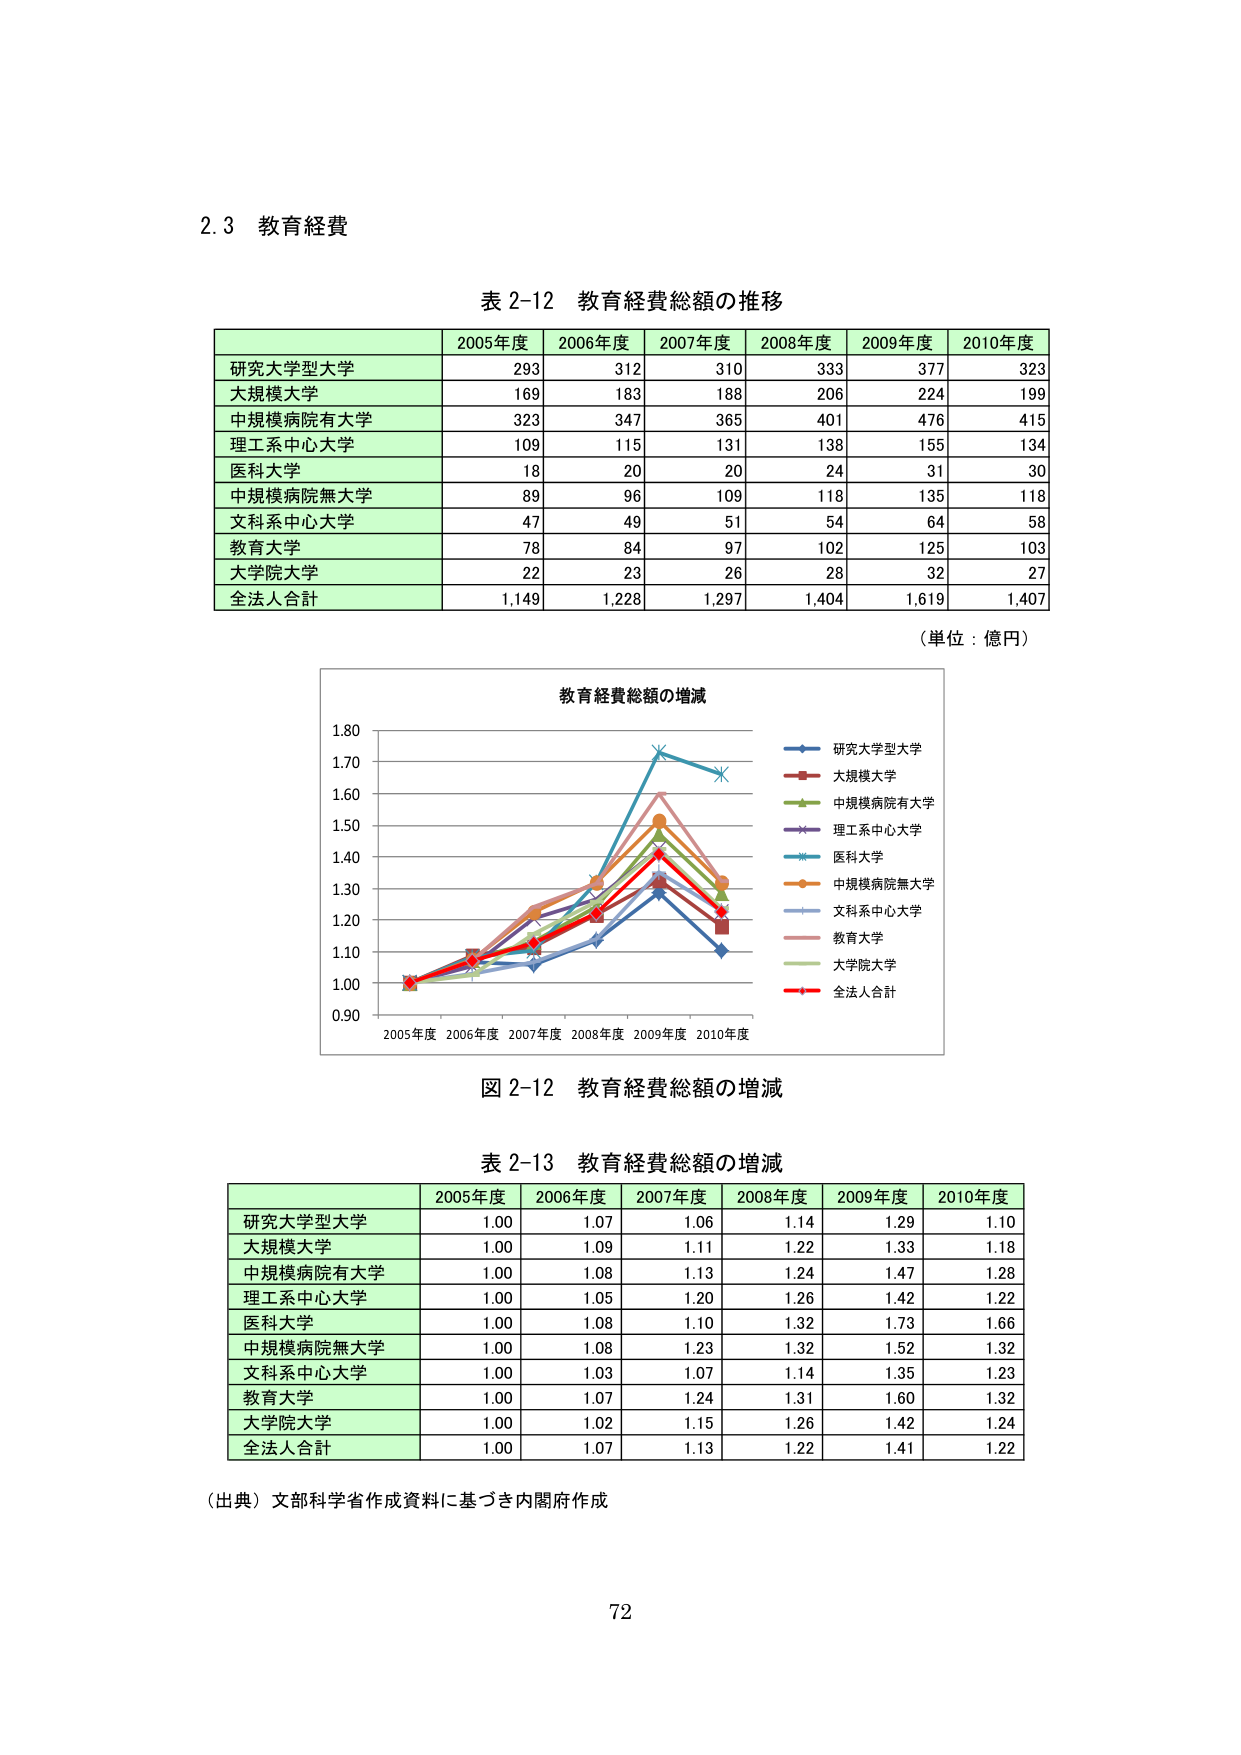
2.3 教育経費

表 2-12 教育経費総額の推移

2005年度 2006年度 2007年度 2008年度 2009年度 2010年度
研究大学型大学 293 312 310 333 377 323
大規模大学 169 183 188 206 224 199
中規模病院有大学 323 347 365 401 476 415
理工系中心大学 109 115 131 138 155 134
医科大学 18 20 20 24 31 30
中規模病院無大学 89 96 109 118 135 118
文科系中心大学 47 49 51 54 64 58
教育大学 78 84 97 102 125 103
大学院大学 22 23 26 28 32 27
全法人合計 1,149 1,228 1,297 1,404 1,619 1,407

（単位：億円）

教育経費総額の増減

2005年度 2006年度 2007年度 2008年度 2009年度 2010年度
研究大学型大学
大規模大学
中規模病院有大学
理工系中心大学
医科大学
中規模病院無大学
文科系中心大学
教育大学
大学院大学
全法人合計

図 2-12 教育経費総額の増減

表 2-13 教育経費総額の増減

2005年度 2006年度 2007年度 2008年度 2009年度 2010年度
研究大学型大学 1.00 1.07 1.06 1.14 1.29 1.10
大規模大学 1.00 1.09 1.11 1.22 1.33 1.18
中規模病院有大学 1.00 1.08 1.13 1.24 1.47 1.28
理工系中心大学 1.00 1.05 1.20 1.26 1.42 1.22
医科大学 1.00 1.08 1.10 1.32 1.73 1.66
中規模病院無大学 1.00 1.08 1.23 1.32 1.52 1.32
文科系中心大学 1.00 1.03 1.07 1.14 1.35 1.23
教育大学 1.00 1.07 1.24 1.31 1.60 1.32
大学院大学 1.00 1.02 1.15 1.26 1.42 1.24
全法人合計 1.00 1.07 1.13 1.22 1.41 1.22

（出典）文部科学省作成資料に基づき内閣府作成

72